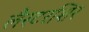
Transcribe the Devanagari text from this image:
लैस्टरशिर